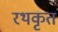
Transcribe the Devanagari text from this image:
रथकृत